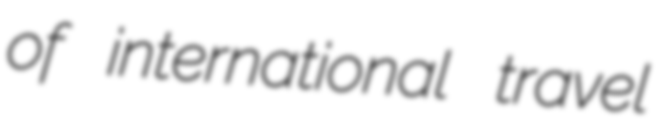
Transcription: of international travel